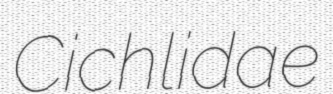
Cichlidae